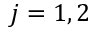
j = 1 , 2